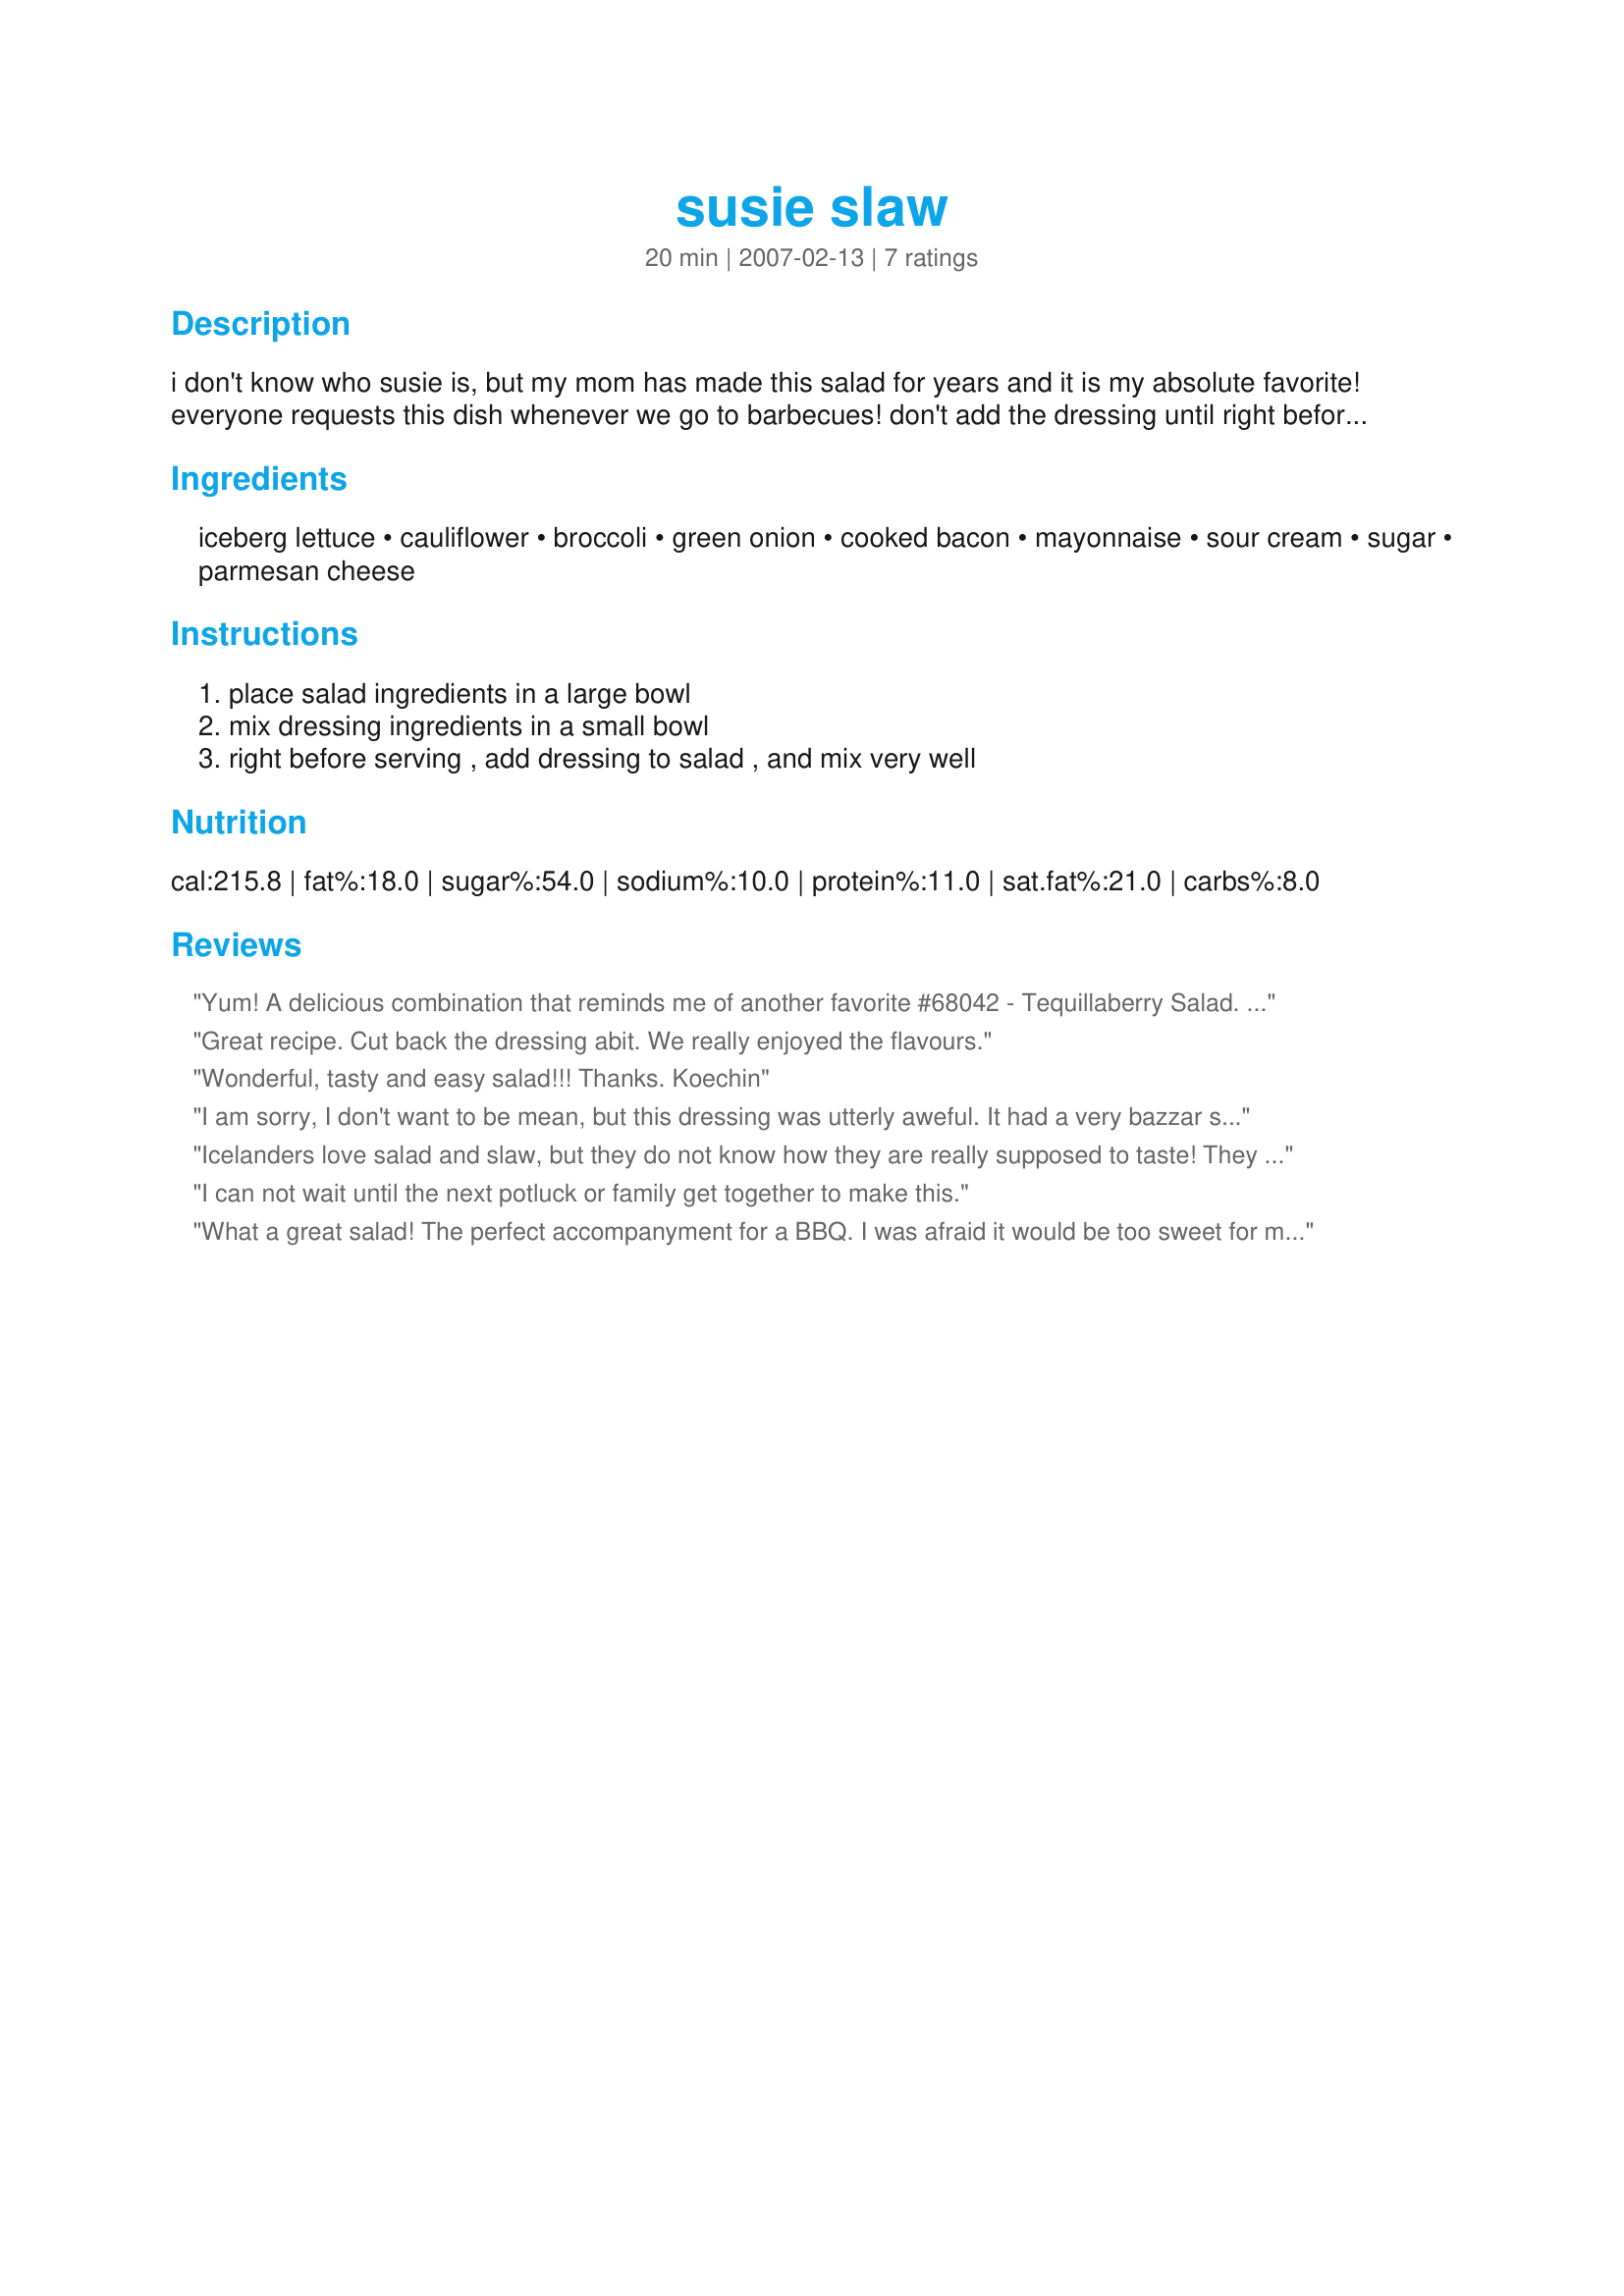
susie slaw
Preparation time: 20 minutes

i don't know who susie is, but my mom has made this salad for years and it is my absolute favorite! everyone requests this dish whenever we go to barbecues! don't add the dressing until right before serving or the salad will become soggy. i have made this with lower-fat versions of the dressing ingredients with good results, so feel free to lighten it up.

Ingredients:
iceberg lettuce, cauliflower, broccoli, green onion, cooked bacon, mayonnaise, sour cream, sugar, parmesan cheese

Steps:
place salad ingredients in a large bowl, mix dressing ingredients in a small bowl, right before serving , add dressing to salad , and mix very well

Reviews:
Yum! A delicious combination that reminds me of another favorite #68042 - Tequillaberry Salad. Enough different that it makes a nice change. Cute name, too! Thanks for a great recipe!
Great recipe. Cut back the dressing abit. We really enjoyed the flavours.
Wonderful, tasty and easy salad!!! Thanks. Koechin
I am sorry, I don't want to be mean, but this dressing was utterly aweful. It had a very bazzar sweetness to it. I only made this because I needed something fast and it had 6 rave ratings. I am so glad that I only made a half of what it called for. I had to add some rice vinegar, pepper, some fresh garlic, some salt to salvage. It will have to do for now. I understand that everyone has different preference but this is definitely not it.
Icelanders love salad and slaw, but they do not know how they are really supposed to taste! They prefer to eat salad without dressing, but then they go and buy commercially prepared slaw that literally swims in a sea of mayo. My US raised palate wants its salad or slaw somewhere between those 2 extremes. This crisp and veggie-rich slaw is a great way for me to teach them how really good slaw can be. The use of bacon gives the crunchy veggies a welcome texture variation and added flavour, but the undeniable star of this recipe is the dressing that is lightly sweet and rich with the taste of Parmesan. I made a half recipe exactly as written and loved it! Thanks for sharing this recipe with us.
I can not wait until the next potluck or family get together to make this.
What a great salad! The perfect accompanyment for a BBQ. I was afraid it would be too sweet for my family's taste, but NO!, it was just right. My mom suggested using sweetened condensed milk instead of sugar - that's how she does with her copycat KFC slaw - so I might try that next time. I used creme fraiche instead of sour cream, but I'm going to learn to make home made sour cream for next time. Thanks for posting.
(please refer to my rating criteria, 4 stars is good!)
